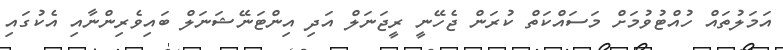
އަމަލުތައް ހުއްޓުވުމަށް މަސައްކަތް ކުރަން ޖެހޭނީ ރީޖަނަލް އަދި އިންޓަނޭޝަނަލް ބައިވެރިންނާއި އެކުގައި